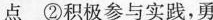
点 ②积极参与实践，勇